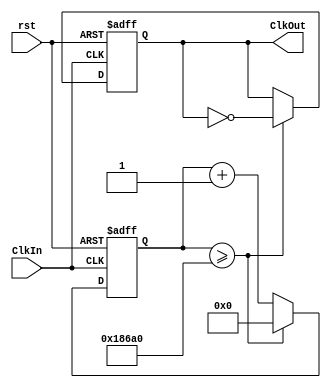
module CLK_DIV(ClkIn,ClkOut,rst);
	input ClkIn;
	input rst;
	output ClkOut;
	reg ClkOut;
	reg [31:0] count;
	parameter max=100000;
	
always @(posedge ClkIn or negedge rst)
	begin
	if(rst == 0)
	begin
		count <= 0;
		ClkOut <= 0;
	end
	else
	begin
	if(count>=max) 
	begin 
		ClkOut <= ~ClkOut;
		count<=0;
	end
	else
	begin
		ClkOut <= ClkOut;
		count <= count + 1;
	end
	end
end
		
endmodule